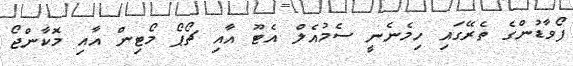
ފޯވާޑުންގެ ތެރޭގައި ހިމެނެނީ ސެމުއެލް އެޓޫ އާއި ޗޯޕޯ މޯޓިން އާއި މޮކާންޖޯ